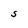
Character: S